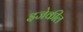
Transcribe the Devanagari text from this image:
इजेकील